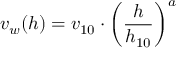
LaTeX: \ v _ { w } ( h ) = v _ { 1 0 } \cdot \left( { \frac { h } { h _ { 1 0 } } } \right) ^ { a }